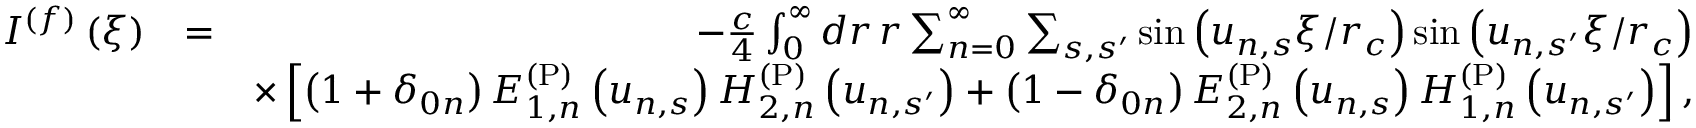
\begin{array} { r l r } { I ^ { ( f ) } \left( \xi \right) } & { = } & { - \frac { c } { 4 } \int _ { 0 } ^ { \infty } d r \, r \sum _ { n = 0 } ^ { \infty } \sum _ { s , s ^ { \prime } } \sin \left( u _ { n , s } \xi / r _ { c } \right) \sin \left( u _ { n , s ^ { \prime } } \xi / r _ { c } \right) } \\ & { } & { \times \left[ \left( 1 + \delta _ { 0 n } \right) E _ { 1 , n } ^ { \mathrm { ( P ) } } \left( u _ { n , s } \right) H _ { 2 , n } ^ { \mathrm { ( P ) } } \left( u _ { n , s ^ { \prime } } \right) + \left( 1 - \delta _ { 0 n } \right) E _ { 2 , n } ^ { \mathrm { ( P ) } } \left( u _ { n , s } \right) H _ { 1 , n } ^ { \mathrm { ( P ) } } \left( u _ { n , s ^ { \prime } } \right) \right] , } \end{array}